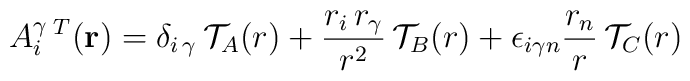
A_i^{\gamma}\,^T({\bf r})={\delta}_{{i}\,{\gamma}}\,{\cal T}_{A}(r)+\frac{r_i\,r_{\gamma}}{r^2}\,{\cal T}_{B}(r)+{\epsilon}_{i{\gamma}n}\frac{r_n}{r}\,{\cal T}_{C}(r)